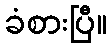
ခံစားပြီ။